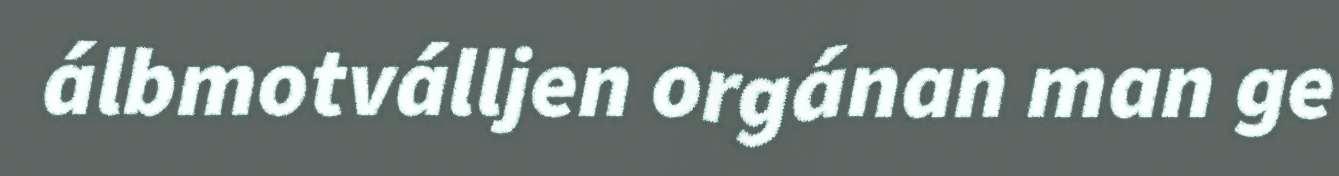
álbmotválljen orgánan man ge